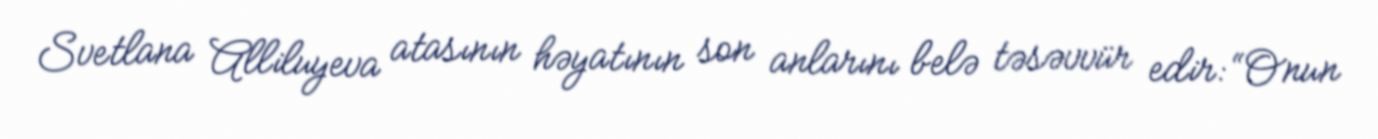
Svetlana Alliluyeva atasının həyatının son anlarını belə təsəvvür edir: “Onun